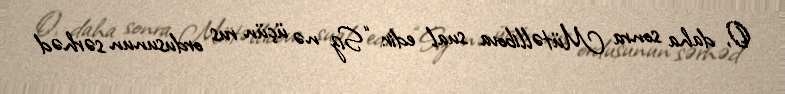
O, daha sonra Mütəllibova sual edir: “Siz nə üçün rus ordusunun sərhəd